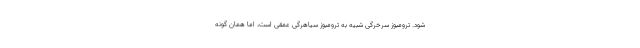
شود. ترومبوز سرخرگی شبیه به ترومبوز سیاهرگی عمقی است، اما همان گونه